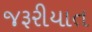
જરૂરીયાત